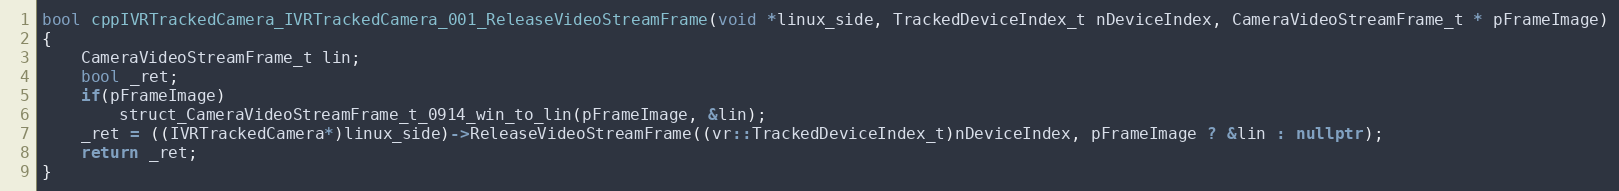
Language: C++
bool cppIVRTrackedCamera_IVRTrackedCamera_001_ReleaseVideoStreamFrame(void *linux_side, TrackedDeviceIndex_t nDeviceIndex, CameraVideoStreamFrame_t * pFrameImage)
{
    CameraVideoStreamFrame_t lin;
    bool _ret;
    if(pFrameImage)
        struct_CameraVideoStreamFrame_t_0914_win_to_lin(pFrameImage, &lin);
    _ret = ((IVRTrackedCamera*)linux_side)->ReleaseVideoStreamFrame((vr::TrackedDeviceIndex_t)nDeviceIndex, pFrameImage ? &lin : nullptr);
    return _ret;
}